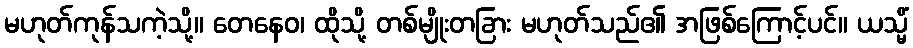
မဟုတ်ကုန်သကဲ့သို့။ တေနေဝ၊ ထိုသို့ တစ်မျိုးတခြား မဟုတ်သည်၏ အဖြစ်ကြောင့်ပင်။ ယသ္မိံ